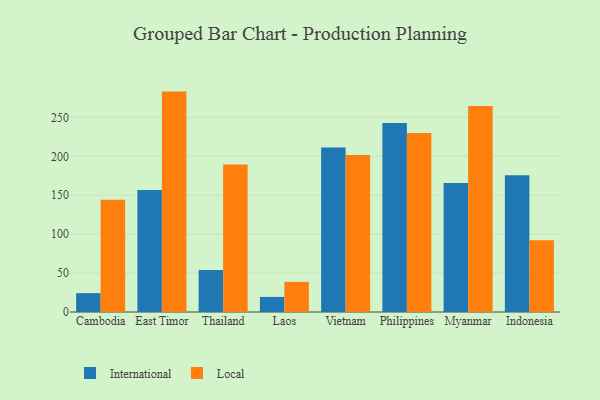
{"axis": {"x": "Country", "y": "Temperature (°C)"}, "legend": ["International", "Local"], "data": [{"x": "Cambodia", "y": 24.2, "type": "International"}, {"x": "Cambodia", "y": 144.1, "type": "Local"}, {"x": "East Timor", "y": 156.7, "type": "International"}, {"x": "East Timor", "y": 283.1, "type": "Local"}, {"x": "Thailand", "y": 54.1, "type": "International"}, {"x": "Thailand", "y": 189.6, "type": "Local"}, {"x": "Laos", "y": 19.4, "type": "International"}, {"x": "Laos", "y": 38.7, "type": "Local"}, {"x": "Vietnam", "y": 211.3, "type": "International"}, {"x": "Vietnam", "y": 201.6, "type": "Local"}, {"x": "Philippines", "y": 242.7, "type": "International"}, {"x": "Philippines", "y": 229.9, "type": "Local"}, {"x": "Myanmar", "y": 165.8, "type": "International"}, {"x": "Myanmar", "y": 264.5, "type": "Local"}, {"x": "Indonesia", "y": 175.8, "type": "International"}, {"x": "Indonesia", "y": 92.1, "type": "Local"}]}